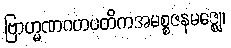
ဗြာဟ္မဏဂဟပတိကအမစ္စဇနမဇ္ဈေ၊